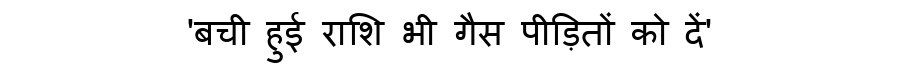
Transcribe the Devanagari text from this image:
'बची हुई राशि भी गैस पीड़ितों को दें'